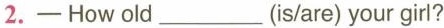
2.—How old___(is/are) your girl?